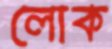
লোক